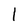
Character: l